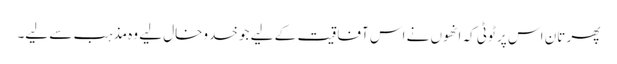
پھر تان اس پر ٹوٹی کہ انھوں نے اس آفاقیت کے لیے جو خدوخال لیے وہ مذہب سے لیے۔